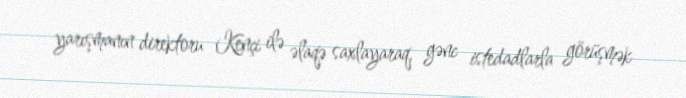
yarışmanın direktoru Kençi ilə əlaqə saxlayaraq, gənc istedadlarla görüşmək